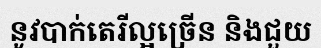
នូវបាក់តេរីល្អច្រើន និងជួយ